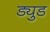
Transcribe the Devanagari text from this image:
ड्युड